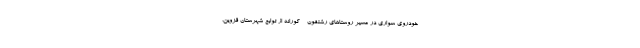
خودروی سواری در مسیر روستاهای رشتقون - کورانه از توابع شهرستان قزوین،